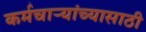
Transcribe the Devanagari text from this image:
कर्मचार्‍यांच्यासाठी